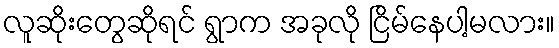
လူဆိုးတွေဆိုရင် ရွာက အခုလို ငြိမ်နေပါ့မလား။